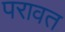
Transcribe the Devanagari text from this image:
परावत